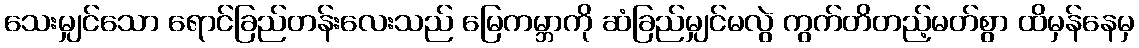
သေးမျှင်သော ရောင်ခြည်တန်းလေးသည် မြေကမ္ဘာကို ဆံခြည်မျှင်မလွဲ ကွက်တိတည့်မတ်စွာ ထိမှန်နေမှ